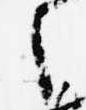
之